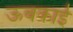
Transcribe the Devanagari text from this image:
ऊबकाई